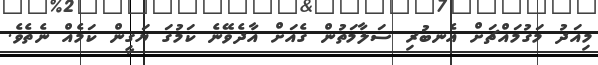
މިއަދު މަގުމައްޗަށް އެނބުރި ސަލާމަތުން ގެއަށް އާދެވޭނެ ކަމުގަ ޔަގީން ކަމެއް ނެތެވެ.